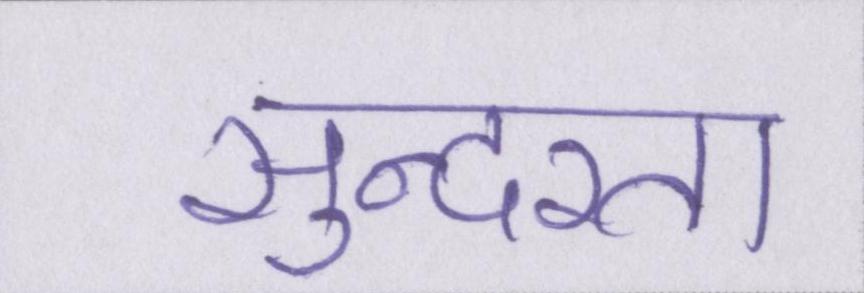
सुन्दरता